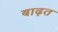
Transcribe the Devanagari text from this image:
बाढ़त